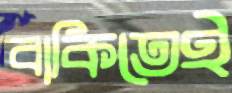
বাকিতেই